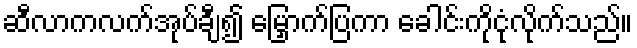
ဆီလာကလက်အုပ်ချီ၍ မြှောက်ပြကာ ခေါင်းကိုငုံလိုက်သည်။